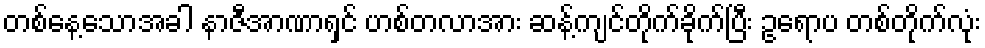
တစ်နေ့သောအခါ နာဇီအာဏာရှင် ဟစ်တလာအား ဆန့်ကျင်တိုက်ခိုက်ပြီး ဥရောပ တစ်တိုက်လုံး